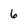
Character: 6